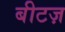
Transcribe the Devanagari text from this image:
बीटज़